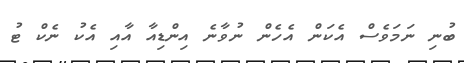
ބުނި ނަމަވެސް އެކަން އެހެން ނުވާނެ އިންޑިއާ އާއި އެކު ނެކް ޓު